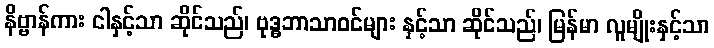
နိဗ္ဗာန်ကား ငါနှင့်သာ ဆိုင်သည်၊ ဗုဒ္ဓဘာသာဝင်များ နှင့်သာ ဆိုင်သည်၊ မြန်မာ လူမျိုးနှင့်သာ